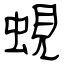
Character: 蜆